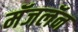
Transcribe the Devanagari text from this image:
मॅजलॅन